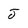
Character: J